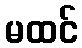
မထင်